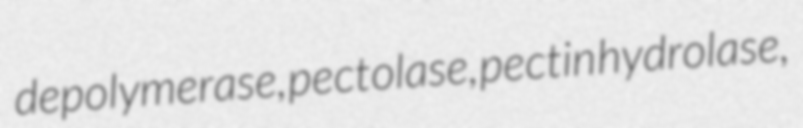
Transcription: depolymerase, pectolase, pectin hydrolase,